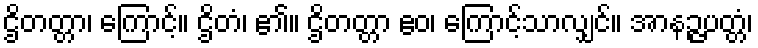
ဌိတတ္တာ၊ ကြောင့်။ ဌိတံ၊ ၏။ ဌိတတ္တာ ဧဝ၊ ကြောင့်သာလျှင်။ အာနဉ္ဇပတ္တံ၊